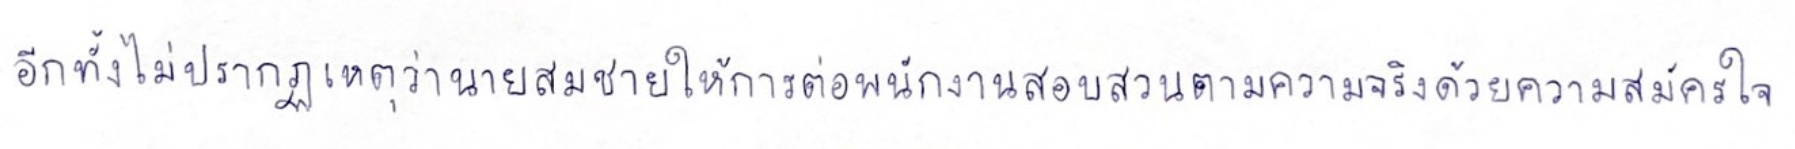
อีกทั้งไม่ปรากฏเหตุว่านายสมชายให้การต่อพนักงานสอบสวนตามความจริงด้วยความสมัครใจ